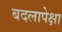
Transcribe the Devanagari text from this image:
बदलापेक्षा